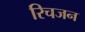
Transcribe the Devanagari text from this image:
रिचजन